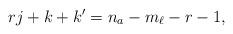
LaTeX: \begin{align*}rj+k+k'=n_a-m_\ell -r-1,\end{align*}